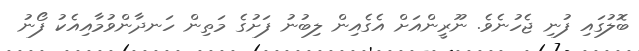
ބޮލުގައި ފުނި ޖެހުނެވެ. ނޫރީންއަށް އެގެއިން ލިބުނު ފަށުގެ މަތިން ހަނދާންވުމާއިއެކު ފޯނު